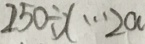
2 5 0 \div x \cdots 2 a